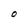
Character: O